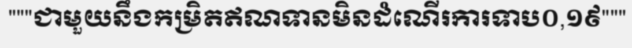
"""ជាមួយនឹងកម្រិតឥណទានមិនដំណើរការទាប០,១៩"""